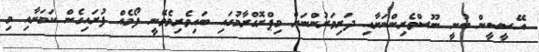
އޭސީސީން ބުނީ ނޫސްވެރިންނަށާއި ދަރިވަރުންނަށް މިޕްރޮގްރާމުގައި ބައިވެރިވެވޭނީ ފޯމެއް ފުރައިގެން ކަމަށާއި މި